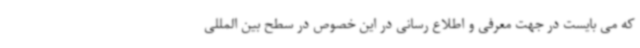
که می بایست در جهت معرفی و اطلاع رسانی در این خصوص در سطح بین المللی